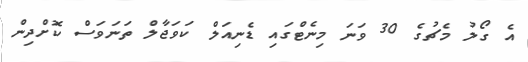
އެ ގޯލު މެޗުގެ 30 ވަނަ މިނެޓްގައި ޑެނިއަލް ކަވަޖާލް ތަނަވަސް ކޮށްދިން